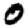
Digit: 0